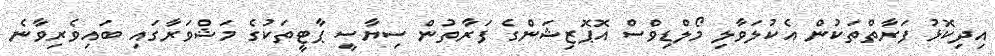
އިދިކޮޅު ފަރާތްތަކުން އެކުލަވާލި މޯލްޑިވްސް އޮޕޮޒިޝަންގެ ފަރާތުން ސިޔާސީ ޕާޓީތަކުގެ މަޝްވަރާގައި ބައިވެރިވާނެ